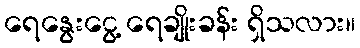
ရေနွေးငွေ့ ရေချိုးခန်း ရှိသလား။